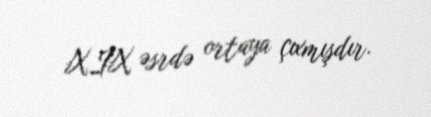
XIX əsrdə ortaya çıxmışdır.